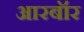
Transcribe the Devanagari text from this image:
आरबॉर